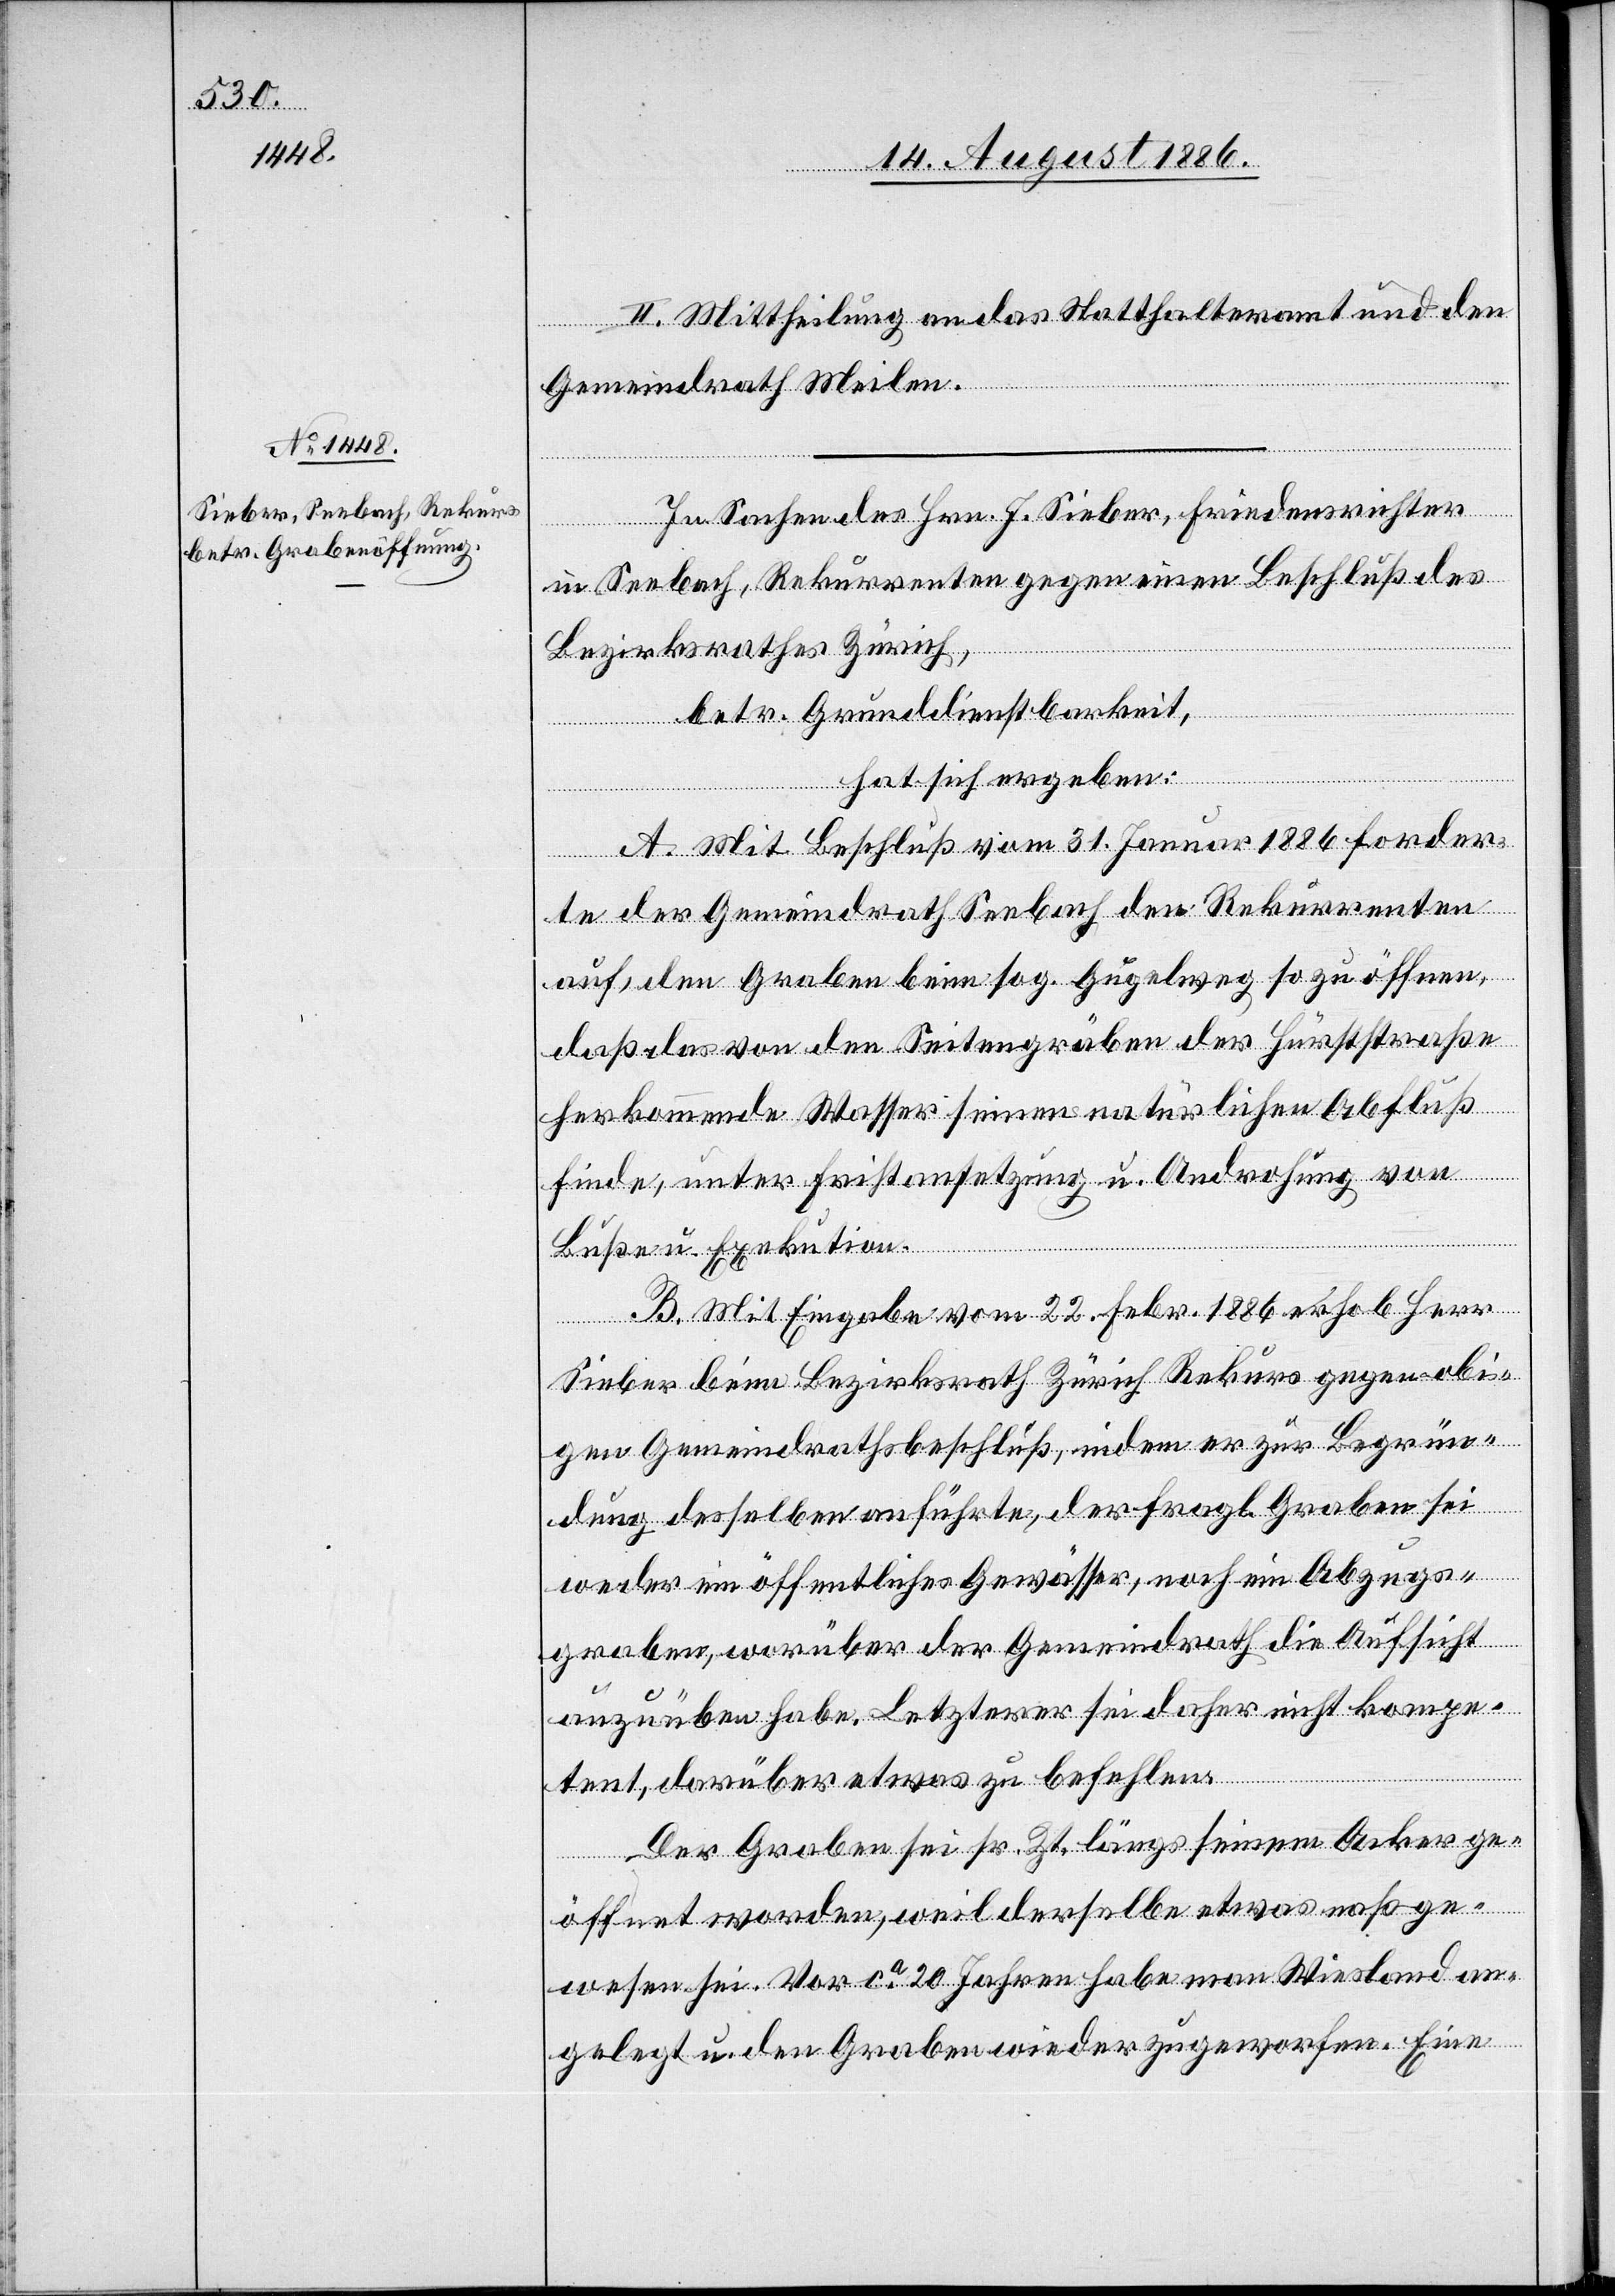
II. Mittheilung an das Statthalteramt und den
Gemeindrath Meilen.
In Sachen des Hrn. J. Sieber, Friedensrichter
in Seebach, Rekurrenten gegen einen Beschluß des
Bezirksrathes Zürich,
betr. Grunddienstbarkeit,
hat sich ergeben:
A. Mit Beschluß vom 31. Januar 1886 forder¬
te der Gemeindrath Seebach den Rekurrenten
auf, den Graben beim sog. Gugelweg so zu öffnen,
daß das von den Seitengräben der Hürststraße
herkommende Wasser seinen natürlichen Abfluß
finde, unter Fristansetzung u. Androhung von
Buße u. Exekution.
B. Mit Eingabe vom 22. Febr. 1886 erhob Herr
Sieber beim Bezirksrath Zürich Rekurs gegen obi¬
gen Gemeindrathsbeschluß, indem er zur Begrün¬
dung desselben anführte, der fragl. Graben sei
weder ein öffentliches Gewässer, noch ein Abzugs¬
graben, worüber der Gemeindrath die Aufsicht
auszuüben habe. Letzterer sei daher nicht kompe¬
tent, darüber etwas zu befehlen.
Der Graben sei sr. Zt. längs seinem Acker ge¬
öffnet worden, weil derselbe etwas naß ge¬
wesen sei. Vor ca 20 Jahren habe man Wiesland an¬
gelegt u. den Graben wieder zugeworfen. Eine